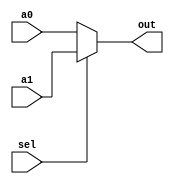
module Mux2to1 (sel, a0, a1, out);
    parameter N = 32;

    input sel;
    input [N-1:0] a0, a1;
    output [N-1:0] out;

    assign out = sel ? a1 : a0;
endmodule

module Mux5to1 (sel, a0, a1, a2, a3, a4, out);
    parameter N = 32;

    input [2:0] sel;
    input [N-1:0] a0, a1, a2, a3, a4;
    output [N-1:0] out;

    assign out = (sel == 4'b000) ? a0 :
                 (sel == 4'b001) ? a1 :
                 (sel == 4'b010) ? a2 :
                 (sel == 4'b011) ? a3 :
                 (sel == 4'b100) ? a4 : 1'bz;
endmodule